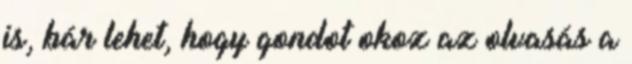
is, bár lehet, hogy gondot okoz az olvasás a